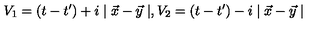
V _ { 1 } = ( t - t ^ { \prime } ) + i \mid \vec { x } - \vec { y } \mid , V _ { 2 } = ( t - t ^ { \prime } ) - i \mid \vec { x } - \vec { y } \mid